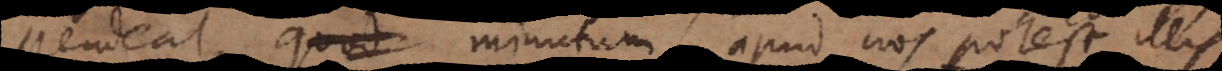
pendeat, minutum apud nos potest illis